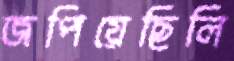
জপিয়েছিলি